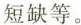
短缺等。